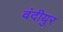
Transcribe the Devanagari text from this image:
वंदीयुर